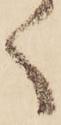
く